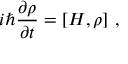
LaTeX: i \hbar { \frac { \partial \rho } { \partial t } } = [ H , \rho ] ~ ,